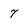
Character: 7